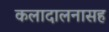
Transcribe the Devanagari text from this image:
कलादालनासह